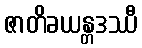
ဇာတိခယန္တဒဿီ